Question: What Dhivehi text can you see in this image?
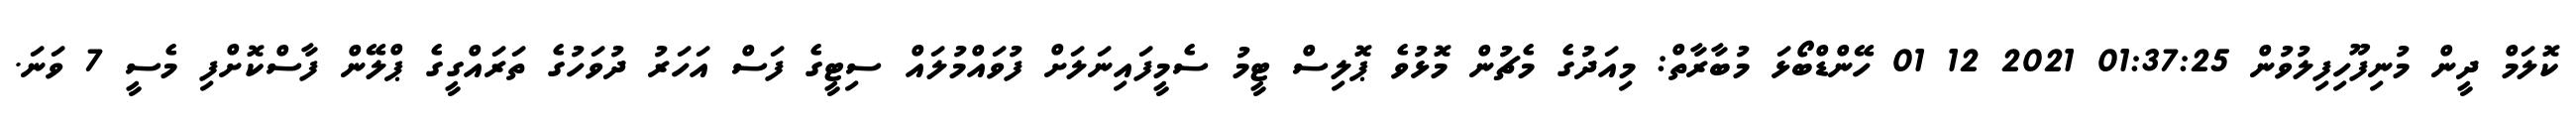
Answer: ކޮލަމް ދީން މުނިފޫހިފިލުވުން 01:37:25 2021 12 01 ހޭންޑްބޯޅަ މުބާރާތް: މިއަދުގެ މެޗުން މޮޅުވެ ޕޮލިސް ޓީމު ސެމީފައިނަލަށް ފުވައްމުލައް ސިޓީގެ ފަސް އަހަރު ދުވަހުގެ ތަރައްގީގެ ޕްލޭން ފާސްކޮށްފި މެސީ 7 ވަނަ.